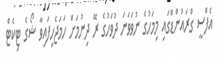
އެފްސީ ގްރައުންޑްގައި މިމަހުގެ ނުވަވަނަ ދުވަހުގެ ރޭ ދިނުމަށް ހަމަޖެހިފައިވާ ޝޯގެ ޓިކެޓް